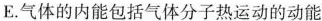
E.气体的内能包括气体分子热运动的动能